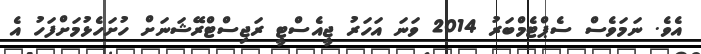
އެވެ. ނަމަވެސް ސެޕްޓެމްބަރު 2014 ވަނަ އަހަރު ޖީއެސްޓީ ރަޖިސްޓްރޭޝަނަށް ހުށަހެޅުމަށްފަހު އެ